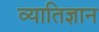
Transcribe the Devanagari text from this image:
व्यातिज्ञान